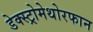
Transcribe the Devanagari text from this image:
डेक्स्ट्रोमेथोरफान